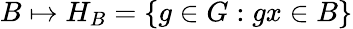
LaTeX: B\mapsto H_{B}=\{ g\in G:gx\in B\}